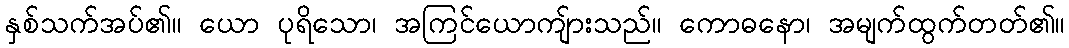
နှစ်သက်အပ်၏။ ယော ပုရိသော၊ အကြင်ယောကျ်ားသည်။ ကောဓနော၊ အမျက်ထွက်တတ်၏။